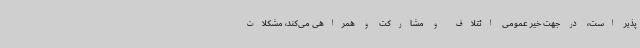
پذیر است، در جهت خیر عمومی ائتلاف و مشارکت و همراهی می‌کند، مشکلات